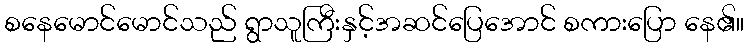
စနေမောင်မောင်သည် ရွာသူကြီးနှင့်အဆင်ပြေအောင် စကားပြော နေ၏။